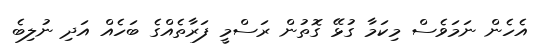
އެހެން ނަމަވެސް މިކަމާ ގުޅޭ ގޮތުން ރަސްމީ ފަރާތެއްގެ ބަހެއް އަދި ނުލިބެ